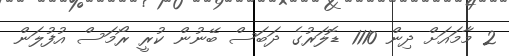
2 މާމައަށް ދިން 1110 ޑޮލަރުގެ ދަބަސް ބޭނުން ކުރީ ރޯމަސް އުފުލަން